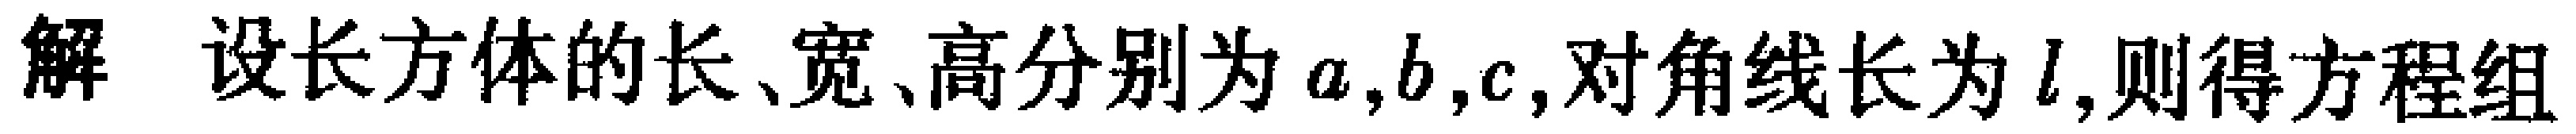
解 设长方体的长、宽、高分别为\(a,b,c\),对角线长为\(l\),则得方程组